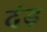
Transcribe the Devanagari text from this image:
दंड़